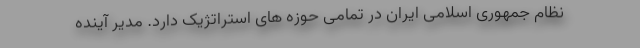
نظام جمهوری اسلامی ایران در تمامی حوزه های استراتژیک دارد. مدیر آینده